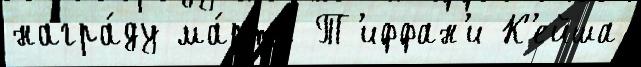
награ́ду ма́рта Т'иффан'и К'ейша